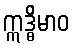
ဣဒ္ဓိမာဝ